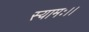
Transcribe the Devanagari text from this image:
स्यामः।।